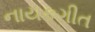
નાયકગીત